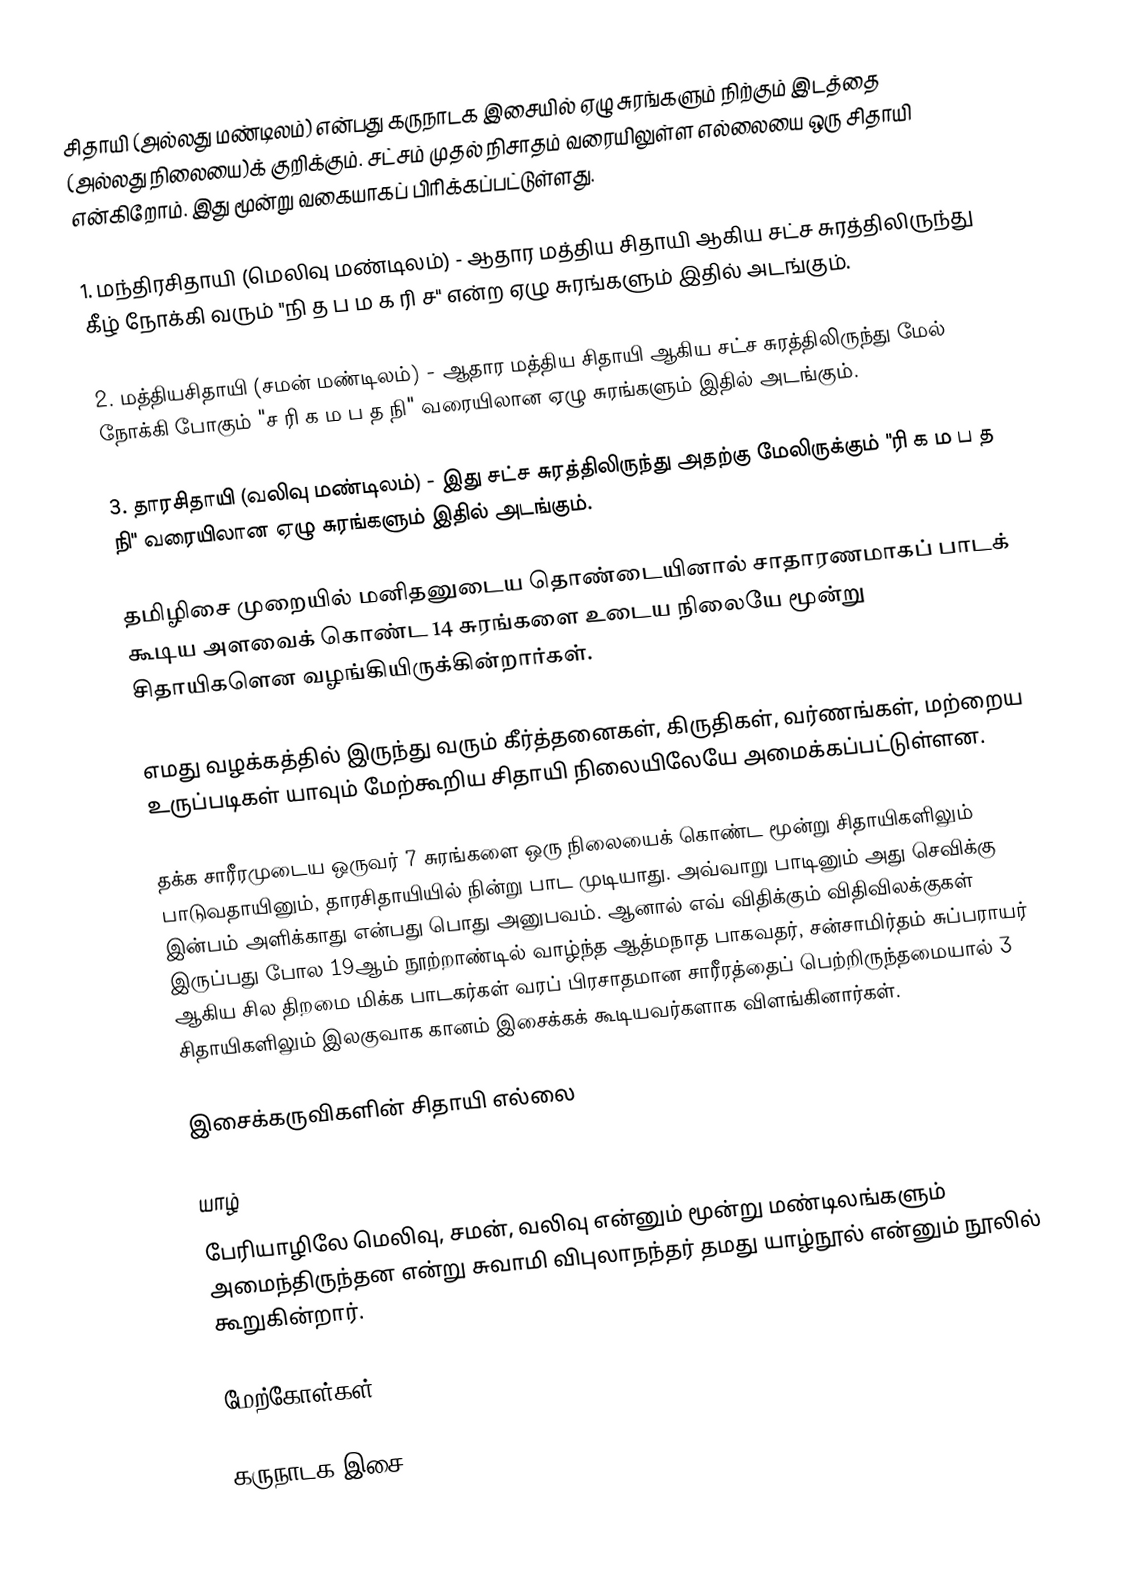
சிதாயி (அல்லது மண்டிலம்) என்பது கருநாடக இசையில் ஏழு சுரங்களும் நிற்கும் இடத்தை (அல்லது நிலையை)க் குறிக்கும். சட்சம் முதல் நிசாதம் வரையிலுள்ள எல்லையை ஒரு சிதாயி என்கிறோம். இது மூன்று வகையாகப் பிரிக்கப்பட்டுள்ளது.

1. மந்திரசிதாயி (மெலிவு மண்டிலம்) - ஆதார மத்திய சிதாயி ஆகிய சட்ச சுரத்திலிருந்து கீழ் நோக்கி வரும் "நி த ப ம க ரி ச" என்ற ஏழு சுரங்களும் இதில் அடங்கும்.

2. மத்தியசிதாயி (சமன் மண்டிலம்) - ஆதார மத்திய சிதாயி ஆகிய சட்ச சுரத்திலிருந்து மேல் நோக்கி போகும் "ச ரி க ம ப த நி" வரையிலான ஏழு சுரங்களும் இதில் அடங்கும்.

3. தாரசிதாயி (வலிவு மண்டிலம்) - இது சட்ச சுரத்திலிருந்து அதற்கு மேலிருக்கும் "ரி க ம ப த நி" வரையிலான ஏழு சுரங்களும் இதில் அடங்கும்.

தமிழிசை முறையில் மனிதனுடைய தொண்டையினால் சாதாரணமாகப் பாடக் கூடிய அளவைக் கொண்ட 14 சுரங்களை உடைய நிலையே மூன்று சிதாயிகளென வழங்கியிருக்கின்றார்கள்.

எமது வழக்கத்தில் இருந்து வரும் கீர்த்தனைகள், கிருதிகள், வர்ணங்கள், மற்றைய உருப்படிகள் யாவும் மேற்கூறிய சிதாயி நிலையிலேயே அமைக்கப்பட்டுள்ளன.

தக்க சாரீரமுடைய ஒருவர் 7 சுரங்களை ஒரு நிலையைக் கொண்ட மூன்று சிதாயிகளிலும் பாடுவதாயினும், தாரசிதாயியில் நின்று பாட முடியாது. அவ்வாறு பாடினும் அது செவிக்கு இன்பம் அளிக்காது என்பது பொது அனுபவம். ஆனால் எவ் விதிக்கும் விதிவிலக்குகள் இருப்பது போல 19ஆம் நூற்றாண்டில் வாழ்ந்த ஆத்மநாத பாகவதர், சன்சாமிர்தம் சுப்பராயர் ஆகிய சில திறமை மிக்க பாடகர்கள் வரப் பிரசாதமான சாரீரத்தைப் பெற்றிருந்தமையால் 3 சிதாயிகளிலும் இலகுவாக கானம் இசைக்கக் கூடியவர்களாக விளங்கினார்கள்.

இசைக்கருவிகளின் சிதாயி எல்லை

யாழ்
பேரியாழிலே மெலிவு, சமன், வலிவு என்னும் மூன்று மண்டிலங்களும் அமைந்திருந்தன என்று சுவாமி விபுலாநந்தர் தமது யாழ்நூல் என்னும் நூலில் கூறுகின்றார்.

மேற்கோள்கள்

 கருநாடக இசை